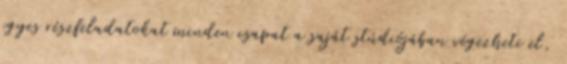
egyes részfeladatokat minden csapat a saját stúdiójában végezheti el,